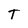
Character: T